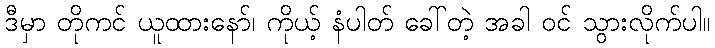
ဒီမှာ တိုကင် ယူထားနော်၊ ကိုယ့် နံပါတ် ခေါ်တဲ့ အခါ ဝင် သွားလိုက်ပါ။